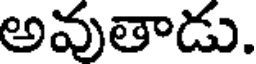
అవుతాడు.